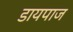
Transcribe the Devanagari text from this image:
डायपाज